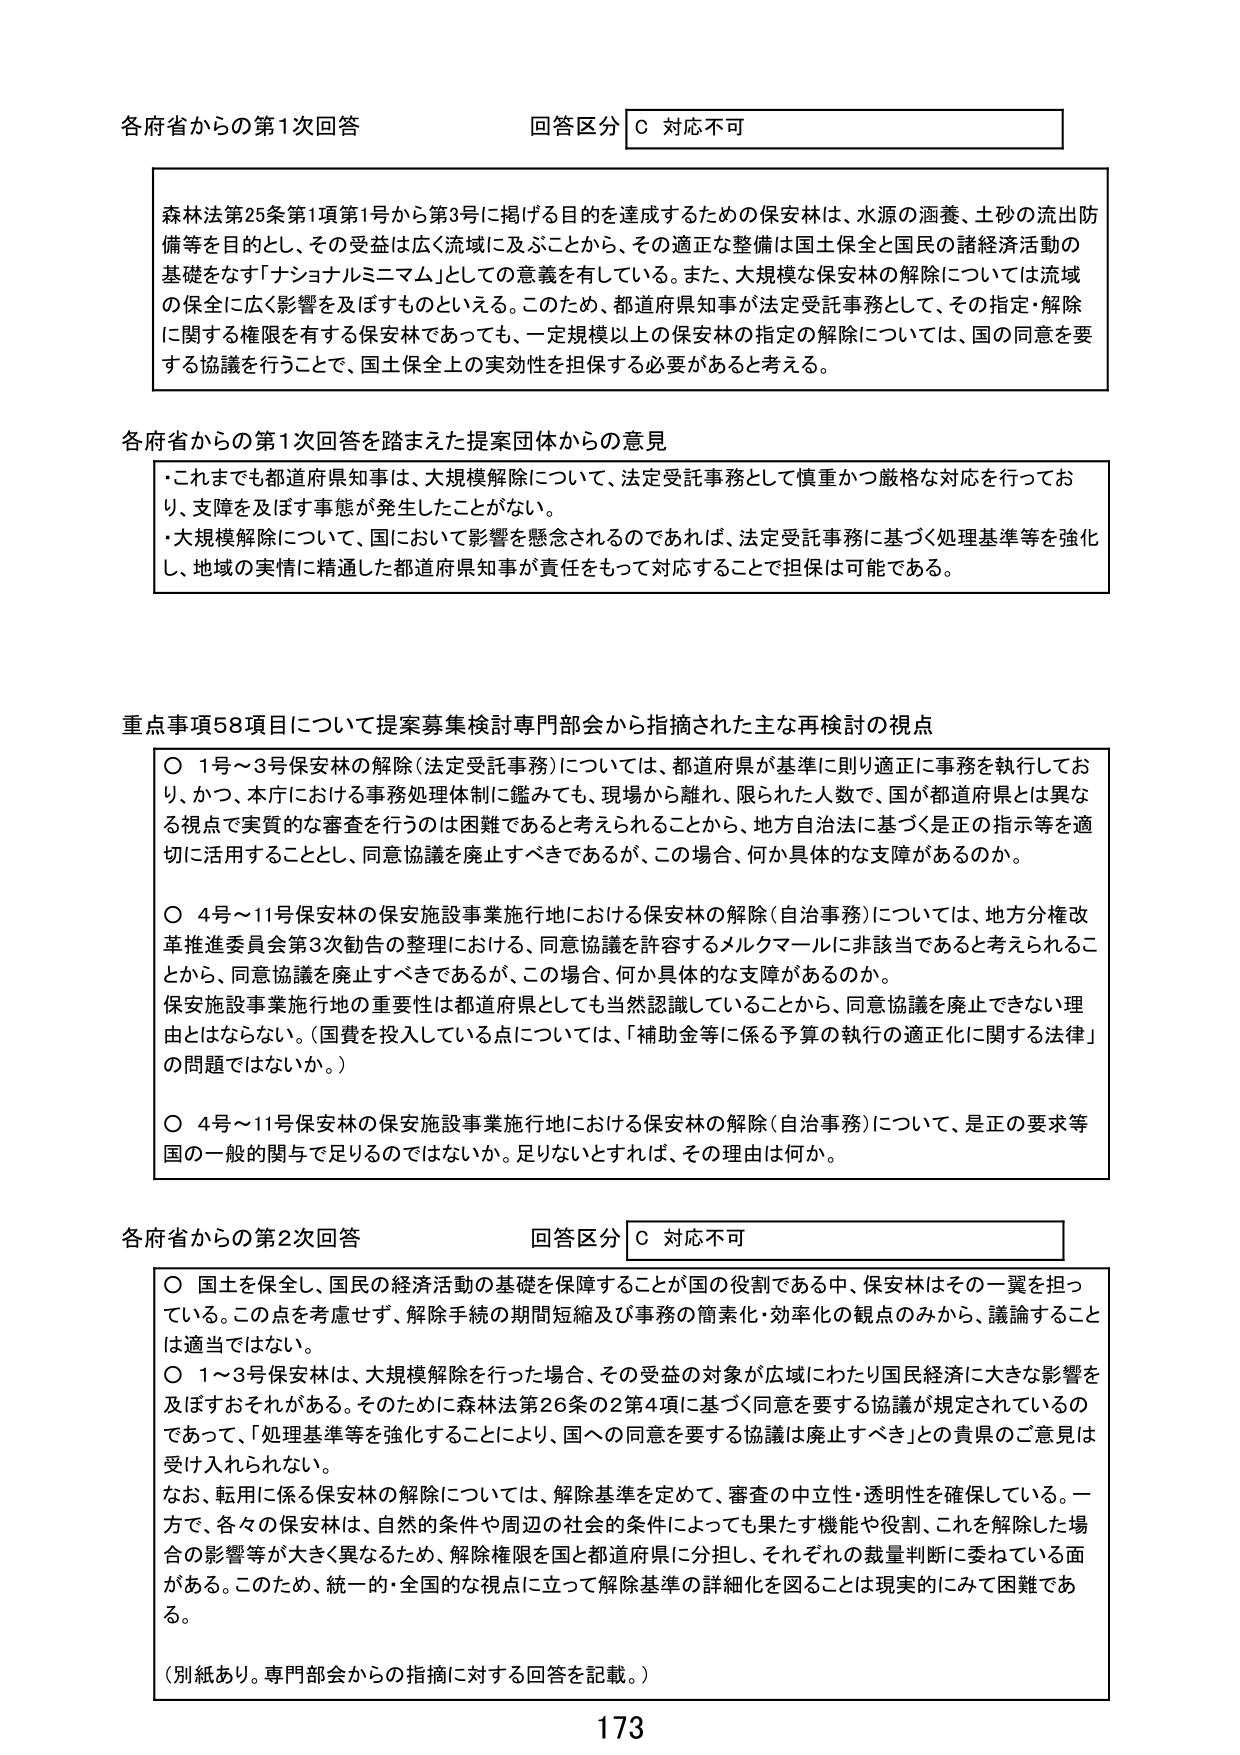
各府省からの第1次回答 回答区分 C 対応不可

森林法第25条第1項第1号から第3号に掲げる目的を達成するための保安林は、水源の涵養、土砂の流出防備等を目的とし、その受益は広く流域に及ぶことから、その適正な整備は国土保全と国民の諸経済活動の基礎をなす「ナショナルミニマム」としての意義を有している。また、大規模な保安林の解除については流域の保全に広く影響を及ぼすものといえる。このため、都道府県知事が法定受託事務として、その指定・解除に関する権限を有する保安林であっても、一定規模以上の保安林の指定の解除については、国の同意等を要する協議を行うことで、国土保全上の実効性を担保する必要があると考える。

各府省からの第1次回答を踏まえた提案団体からの意見

・これまでも都道府県知事は、大規模解除について、法定受託事務として慎重かつ厳格な対応を行っており、支障を及ぼす事態が発生したことがない。
・大規模解除について、国において影響を懸念されるのであれば、法定受託事務に基づく処理基準等を強化し、地域の実情に精通した都道府県知事が責任をもって対応することで担保は可能である。

重点事項58項目について提案募集検討専門部会から指摘された主な再検討の視点

〇 1号～3号保安林の解除（法定受託事務）については、都道府県が基準に則り適正に事務を執行しており、かつ、本庁における事務処理体制に鑑みても、現場から離れ、限られた人数で、国が都道府県とは異なる視点で実質的な審査を行うのは困難であると考えられることから、地方自治法に基づく是正の指示等を適切に活用することとし、同意協議を廃止すべきであるが、この場合、何か具体的な支障があるのか。

〇 4号～11号保安林の保安施設事業施行地における保安林の解除（自治事務）については、地方分権改革推進委員会第3次勧告の整理における、同意協議を許容するメルクマールに非該当であると考えられることから、同意協議を廃止すべきであるが、この場合、何か具体的な支障があるのか。
保安施設事業施行地の重要性は都道府県としても当然認識していることから、同意協議を廃止できない理由とはならない。（国費を投入している点については、「補助金等に係る予算の執行の適正化に関する法律」の問題ではないか。）

〇 4号～11号保安林の保安施設事業施行地における保安林の解除（自治事務）について、是正の要求等国の一般的関与で足りるのではないのか。足りないとすれば、その理由は何か。

各府省からの第2次回答 回答区分 C 対応不可

〇 国土を保全し、国民の経済活動の基礎を保障することが国の役割である中、保安林はその一翼を担っている。この点を考慮せず、解除手続の期間短縮及び事務の簡素化・効率化の観点のみから、議論することは適当ではない。
〇 1～3号保安林は、大規模解除を行った場合、その受益の対象が広域にわたり国民経済に大きな影響を及ぼすおそれがある。そのために森林法第26条の2第4項に基づく同意を要する協議が規定されているのであって、「処理基準等を強化することにより、国への同意を要する協議は廃止すべき」との貴県のご意見は受け入れられない。
なお、転用に係る保安林の解除については、解除基準を定めて、審査の中立性・透明性を確保している。一方で、各々の保安林は、自然的条件や周辺の社会的条件によっても果たす機能や役割、これを解除した場合の影響等が大きく異なるため、解除権限を国と都道府県に分担し、それぞれの裁量判断に委ねている面がある。このため、統一的・全国的な視点に立って解除基準の詳細化を図ることは現実的にみて困難である。

（別紙あり。専門部会からの指摘に対する回答を記載。）

173